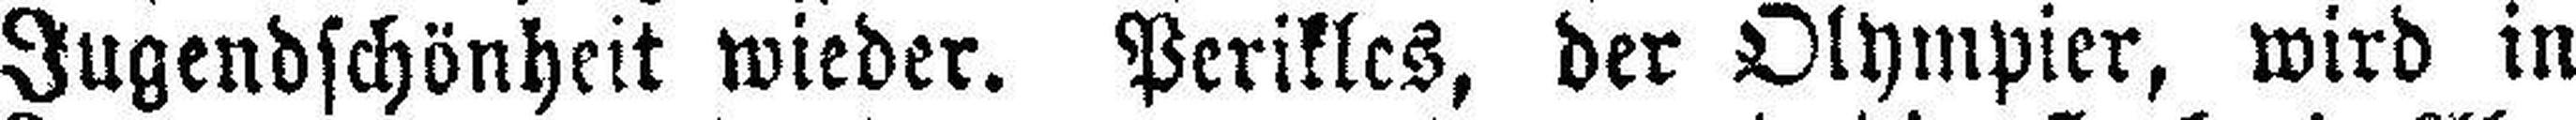
Jugendschönheit wieder. Perikles, der Olympier, wird in